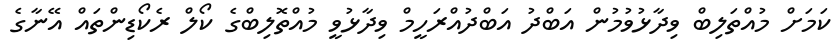
ކަމަށް މުއްތަލިބް ވިދާޅުވުމުން އަބްދު އަބްދުއްރަހީމް ވިދާޅުވީ މުއްތޮލިބްގެ ކޯލް ރެކޯޑިންތައް އޭނާގެ